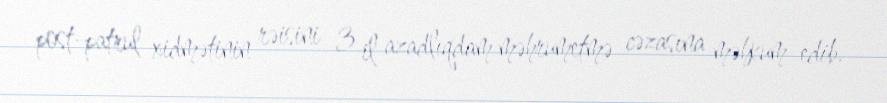
post-patrul xidmətinin rəisini 3 il azadlıqdam məhrumetmə cəzasına məhkum edib.